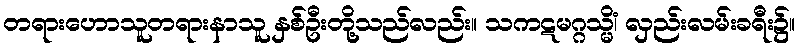
တရားဟောသူတရားနာသူ နှစ်ဦးတို့သည်လည်း။ သကဋမဂ္ဂသ္မိံ၊ လှည်းလမ်းခရီး၌။